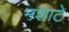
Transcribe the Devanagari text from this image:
मशाटे